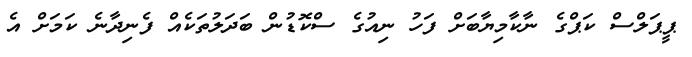
ޕީޕަލްސް ކަޕްގެ ނާކާމިޔާބަށް ފަހު ނިއުގެ ސްކޮޑުން ބަދަލުތަކެއް ފެނިދާނެ ކަމަށް އެ